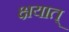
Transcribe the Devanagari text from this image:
क्षयात्